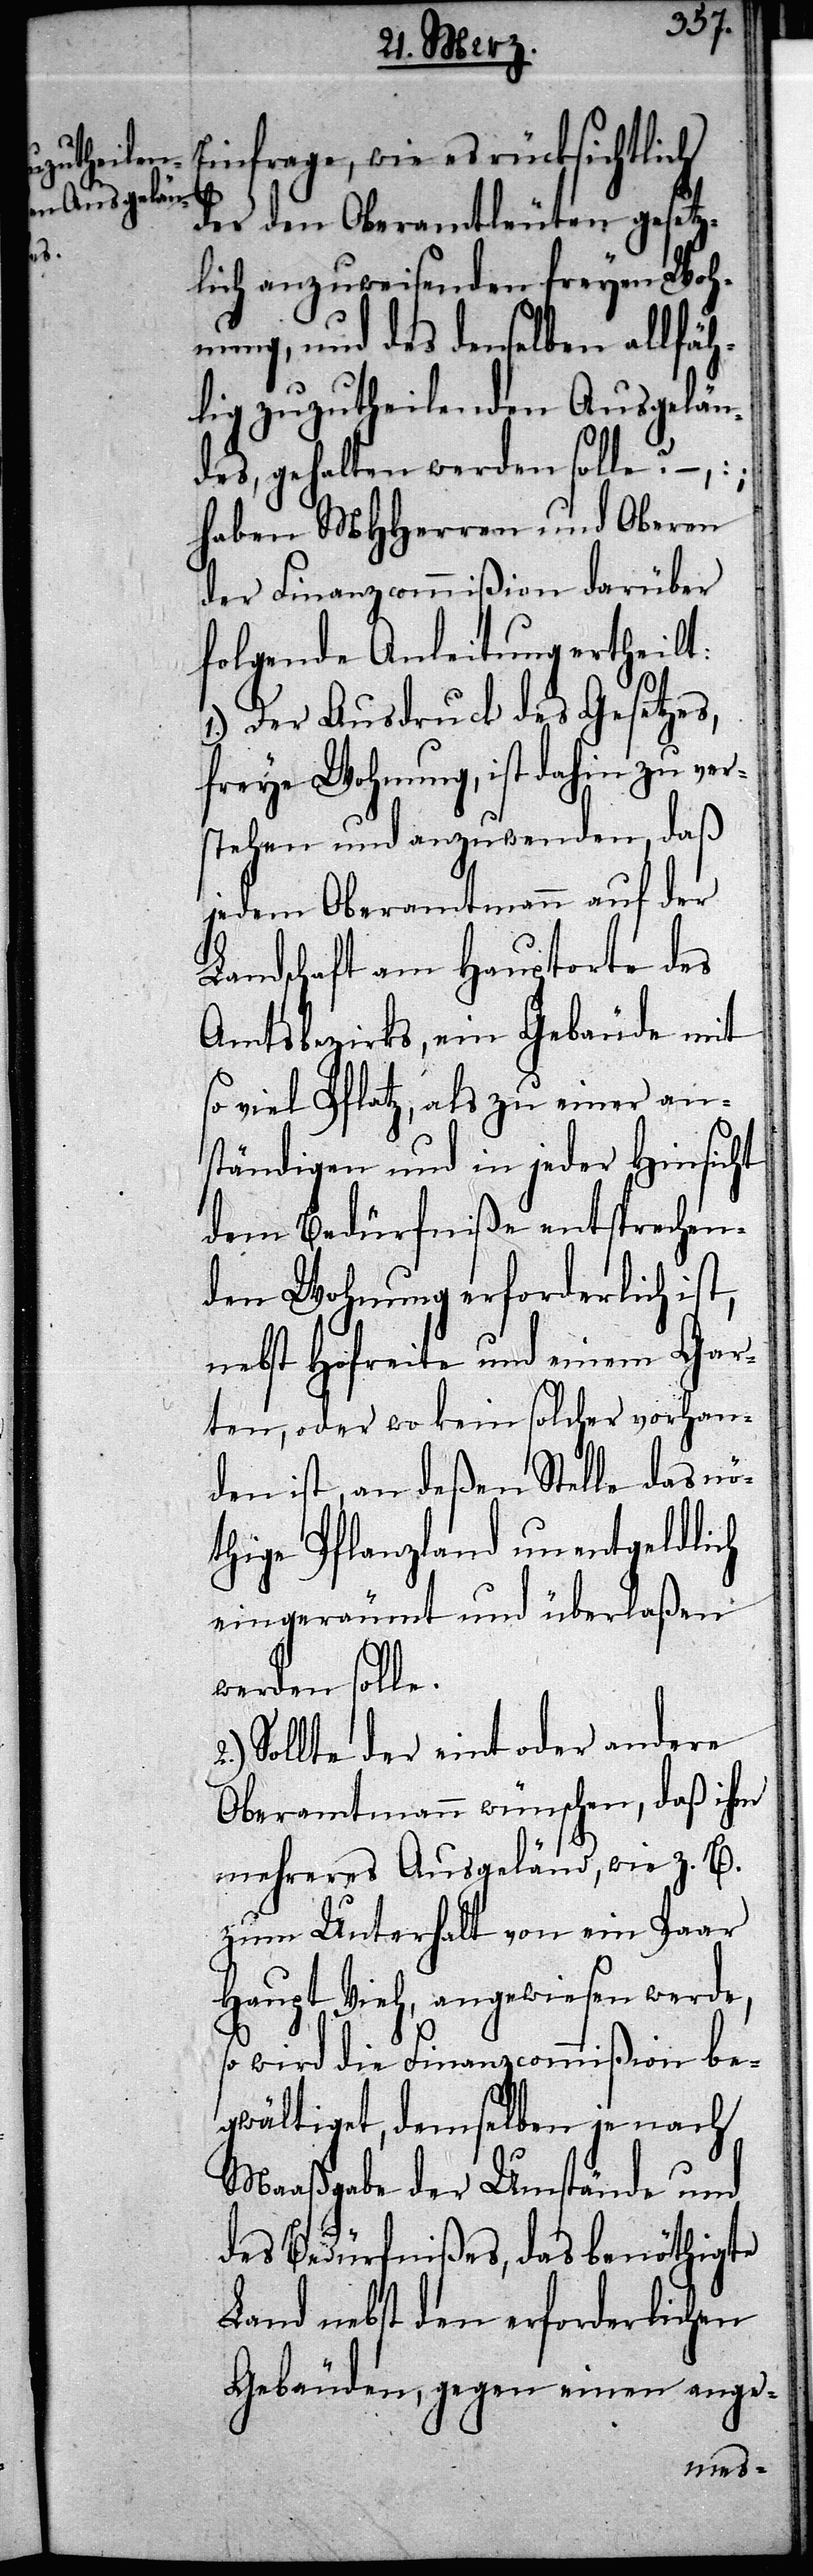
zu legen.

Einfrage, wie es rücksichtlich
des den Oberamtleuten gesetz¬
lich auszuweisenden freyen Woh¬
nung, und des denselben allfäh¬
lig zuzutheilenden Ausgelän¬
des, gehalten werden solle? –,
haben MHHerren und Obern
der Finanzcommißion darüber
folgende Anleitung ertheilt:
die
1.) Der Ausdruck des Gesetzes,
freye Wohnung, ist dahin zu ver¬
stehen und anzuwenden, daß
jedem Oberamtmann auf der
Landschaft am Hauptorte des
Amtsbezirks, ein Gebäude mit
so viel Pflatz, als zu einer an¬
ständigen und in jeder Hinsicht
dem Bedürfniße entsprechen¬
den Wohnung erforderlich ist,
nebst Hofreite und einem Gar¬
ten, oder wo kein solcher vorhan¬
den ist, an deßen Stelle das nö¬
thige Pflanzland unentgeldlich
eingeräumt und überlaßen
werden solle.
Solle der eint oder andere
Oberamtmann wünschen, daß ihm
mehreres Ausgeländ, wie z.B.
zum Unterhalt von ein Paar
Haupt Vieh, angewiesen werde,
so wird die Finanzcommißion be¬
gwältiget, demselben je nach
Maaßgabe der Umstände und
des Bedürfnißes, das benöthigte
Land nebst den erforderlichen
Gebäuden, gegen einen ange-
es